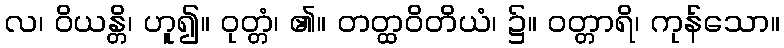
လ၊ ဝိယန္တိ၊ ဟူ၍။ ဝုတ္တံ၊ ၏။ တတ္ထဝိတိယံ၊ ၌။ ဝတ္တာရိ၊ ကုန်သော။